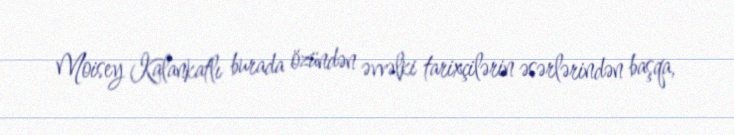
Moisey Kalankatlı burada özündən əvvəlki tarixçilərin əsərlərindən başqa,